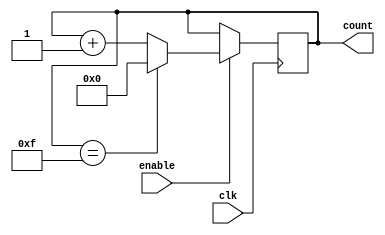
module BinaryUpCounter(
    input wire clk,
    input wire enable,
    output reg [WIDTH-1:0] count
);

parameter WIDTH = 4; // Set the width of the counter

always @(posedge clk) begin
    if (enable) begin
        if (count == (2**WIDTH)-1) begin
            count <= 0;
        end else begin
            count <= count + 1;
        end
    end
end

endmodule